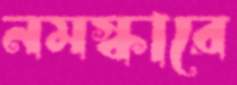
নমস্কারে